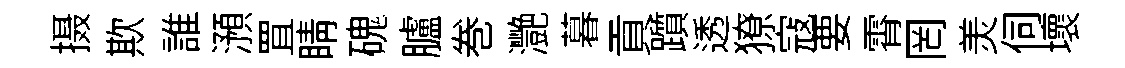
摄欺誰澦罝睛磈臚巻灧暮貢躓透獠寇要霄罔羙伺壞